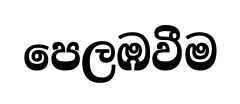
පෙලඹවීම